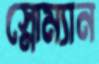
স্নোম্যান